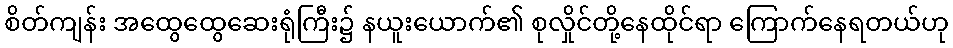
စိတ်ကျန်း အထွေထွေဆေးရုံကြီး၌ နယူးယောက်၏ စုလှိုင်တို့နေထိုင်ရာ ကြောက်နေရတယ်ဟု